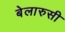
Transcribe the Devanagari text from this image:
बेलारुसी